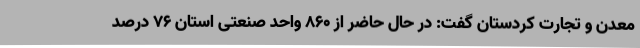
معدن و تجارت کردستان گفت: در حال حاضر از 860 واحد صنعتی استان 76 درصد